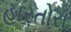
હારતોરા